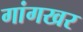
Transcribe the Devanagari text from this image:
गांगखर